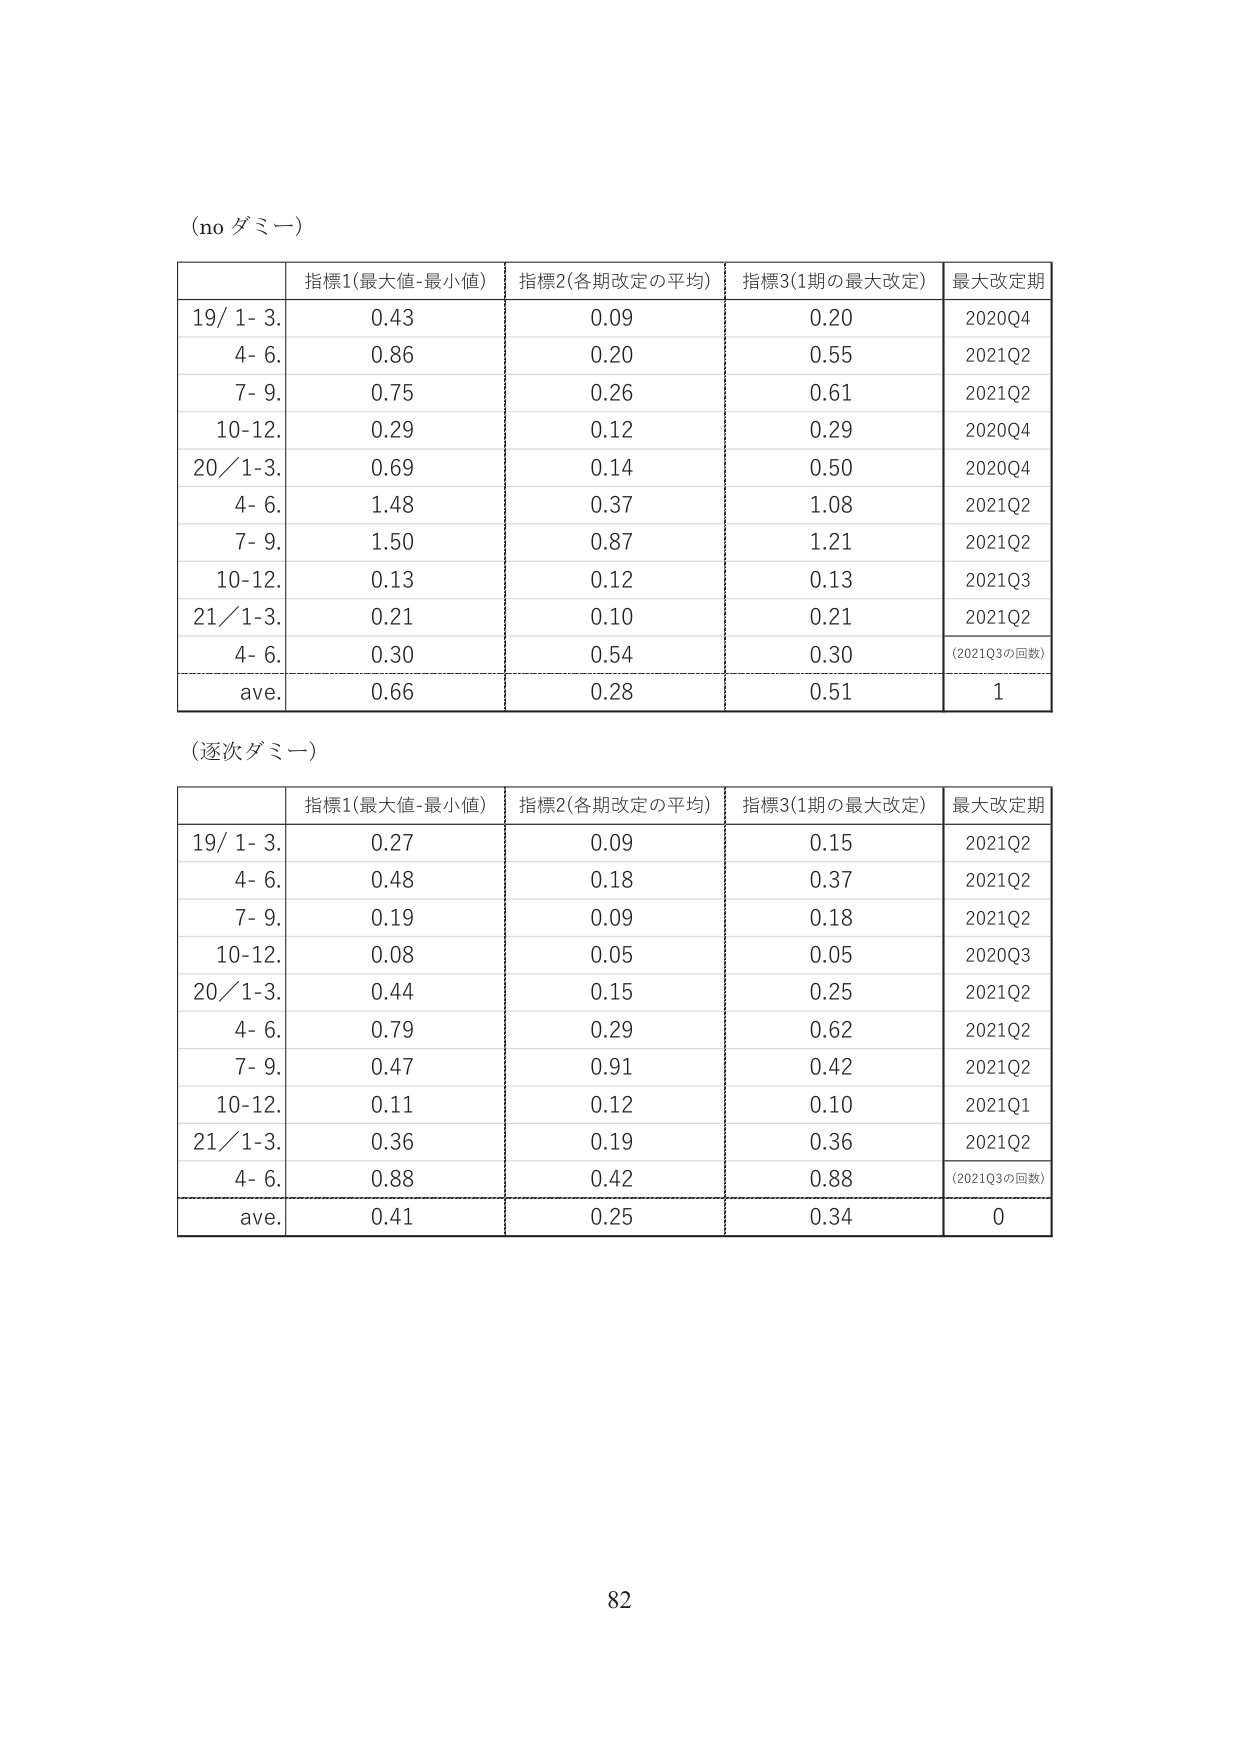
(no ダミー)

| | 指標1(最大値-最小値) | 指標2(各期改定の平均) | 指標3(1期の最大改定) | 最大改定期 |
|---|---|---|---|---|
| 19/ 1- 3. | 0.43 | 0.09 | 0.20 | 2020Q4 |
| 4- 6. | 0.86 | 0.20 | 0.55 | 2021Q2 |
| 7- 9. | 0.75 | 0.26 | 0.61 | 2021Q2 |
| 10-12. | 0.29 | 0.12 | 0.29 | 2020Q4 |
| 20/ 1-3. | 0.69 | 0.14 | 0.50 | 2020Q4 |
| 4- 6. | 1.48 | 0.37 | 1.08 | 2021Q2 |
| 7- 9. | 1.50 | 0.87 | 1.21 | 2021Q2 |
| 10-12. | 0.13 | 0.12 | 0.13 | 2021Q3 |
| 21/ 1-3. | 0.21 | 0.10 | 0.21 | 2021Q2 |
| 4- 6. | 0.30 | 0.54 | 0.30 | (2021Q3の回数) |
| ave. | 0.66 | 0.28 | 0.51 | 1 |

(逐次ダミー)

| | 指標1(最大値-最小値) | 指標2(各期改定の平均) | 指標3(1期の最大改定) | 最大改定期 |
|---|---|---|---|---|
| 19/ 1- 3. | 0.27 | 0.09 | 0.15 | 2021Q2 |
| 4- 6. | 0.48 | 0.18 | 0.37 | 2021Q2 |
| 7- 9. | 0.19 | 0.09 | 0.18 | 2021Q2 |
| 10-12. | 0.08 | 0.05 | 0.05 | 2020Q3 |
| 20/ 1-3. | 0.44 | 0.15 | 0.25 | 2021Q2 |
| 4- 6. | 0.79 | 0.29 | 0.62 | 2021Q2 |
| 7- 9. | 0.47 | 0.91 | 0.42 | 2021Q2 |
| 10-12. | 0.11 | 0.12 | 0.10 | 2021Q1 |
| 21/ 1-3. | 0.36 | 0.19 | 0.36 | 2021Q2 |
| 4- 6. | 0.88 | 0.42 | 0.88 | (2021Q3の回数) |
| ave. | 0.41 | 0.25 | 0.34 | 0 |

82